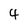
Character: 4